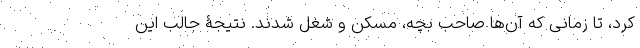
کرد، تا زمانی‌ که آن‌ها صاحب بچه، مسکن و شغل شدند. نتیجۀ جالب این